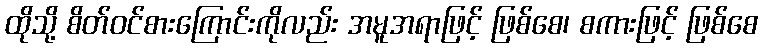
ထိုသို့ စိတ်ဝင်စားကြောင်းကိုလည်း အမူအရာဖြင့် ဖြစ်စေ၊ စကားဖြင့် ဖြစ်စေ